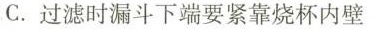
C.过滤时漏斗下端要紧靠烧杯内壁